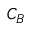
C _ { B }